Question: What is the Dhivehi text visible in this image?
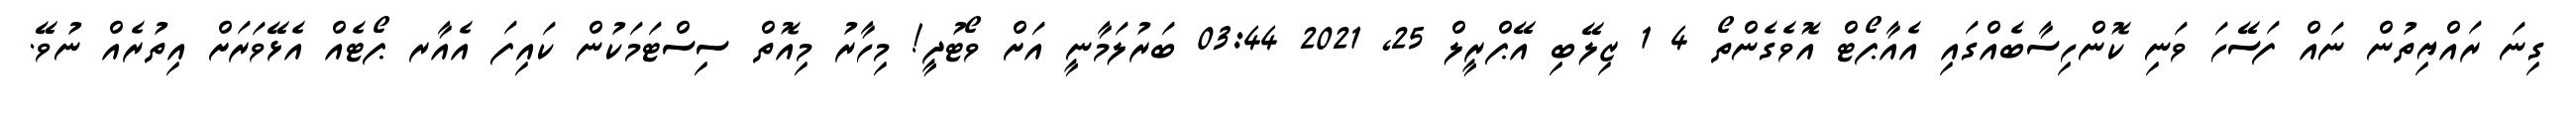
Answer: ގިނަ ރައްޔިތުން ނައް ފަސޭހަ ވަނި ކޮންހިސާބެއްގައި އެއާޕޯޓް އޮވެގެންތޯ 4 1 ޒިލޭބި އޭޕްރީލް 25, 2021 03:44 ބަރުލަމާނީ އަށް ވޯޓުދީ! މިހާރު މިއޮތް ސިސްޓަމަކުން ކައިފަ އެއާރ ޕޯޓެއް އެޅޭވަރަށް އިތުރެއް ނުވޭ.